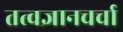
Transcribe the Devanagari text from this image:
तत्वज्ञानचर्चा